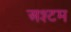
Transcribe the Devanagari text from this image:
अश्टम